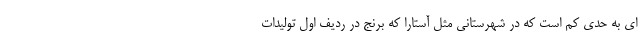
ای به حدی کم است که در شهرستانی مثل آستارا که برنج در ردیف اول تولیدات